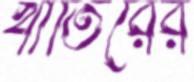
খাতিরের